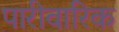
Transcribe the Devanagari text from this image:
पारीवारिक